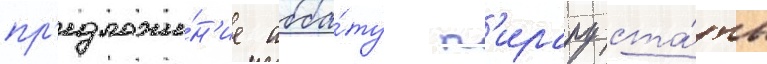
пр'едложе́н'ие абба́ту п'ирару ста́ть